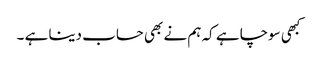
کبھی سوچا ہے کہ ہم نے بھی حساب دینا ہے ۔